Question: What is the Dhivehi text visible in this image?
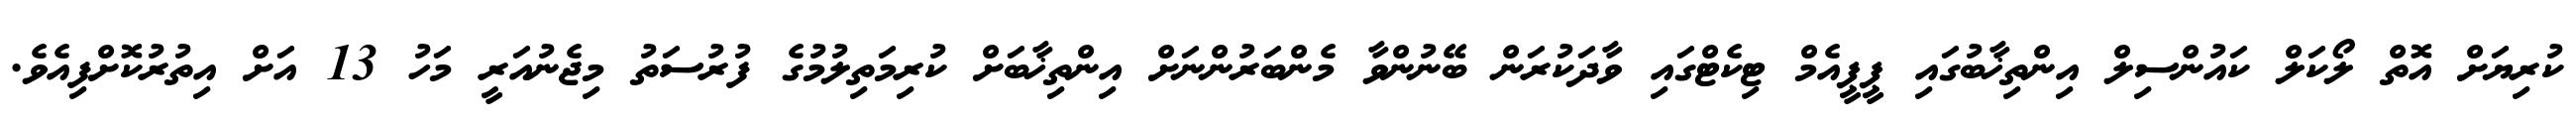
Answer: ކުރިޔަށް އޮތް ލޯކަލް ކައުންސިލް އިންތިޚާބުގައި ޕީޕީއެމް ޓިކެޓްގައި ވާދަކުރަން ބޭނުންވާ މެންބަރުންނަށް އިންތިޚާބަށް ކުރިމަތިލުމުގެ ފުރުސަތު މިޖެނުއަރީ މަހު 13 އަށް އިތުރުކޮށްފިއެވެ.